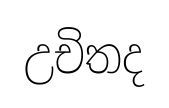
උචිතද